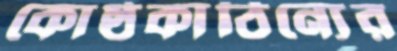
কোষ্ঠকাঠিন্যের